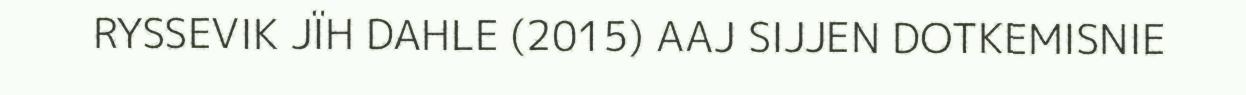
RYSSEVIK JÏH DAHLE (2015) AAJ SIJJEN DOTKEMISNIE